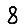
Digit: 8